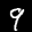
Label: 9